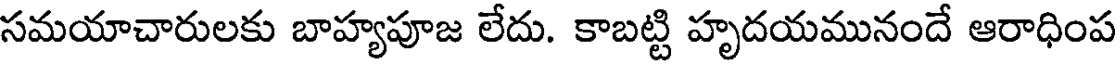
సమయాచారులకు బాహ్యపూజ లేదు. కాబట్టి హృదయమునందే ఆరాధింప